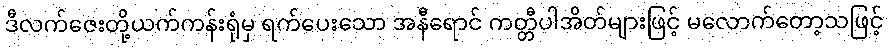
ဒီလက်ဇေးတို့ယက်ကန်းရုံမှ ရက်ပေးသော အနီရောင် ကတ္တီပါအိတ်များဖြင့် မလောက်တော့သဖြင့်